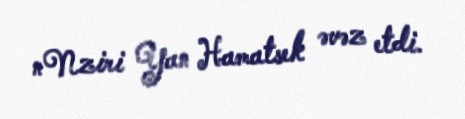
nNziri Yan Hamatsek əvəz etdi.